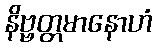
နိဗ္ဗတ္တမာနောဟံ